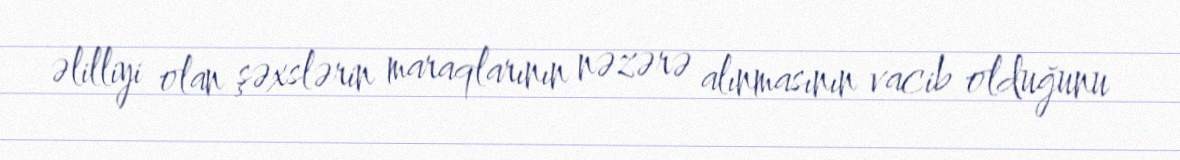
əlilliyi olan şəxslərin maraqlarının nəzərə alınmasının vacib olduğunu